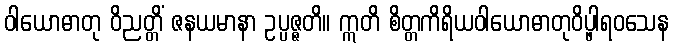
ဝါယောဓာတု ဝိညတ္တိံ ဇနယမာနာ ဥပ္ပဇ္ဇတိ။ ဣတိ စိတ္တကိရိယဝါယောဓာတုဝိပ္ဖါရဝသေန